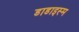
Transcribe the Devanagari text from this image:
डाडाइस्म